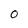
Character: O